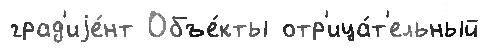
град'иjе́нт Объе́кты отр'ица́т'ельный